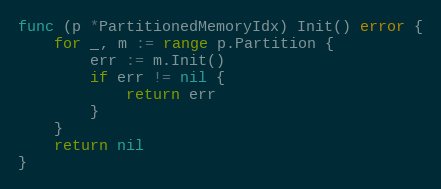
Language: Go
func (p *PartitionedMemoryIdx) Init() error {
	for _, m := range p.Partition {
		err := m.Init()
		if err != nil {
			return err
		}
	}
	return nil
}